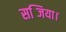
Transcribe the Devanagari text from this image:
सब्जिया।